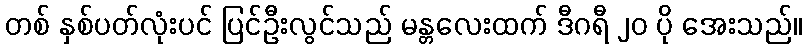
တစ် နှစ်ပတ်လုံးပင် ပြင်ဦးလွင်သည် မန္တလေးထက် ဒီဂရီ ၂၀ ပို အေးသည်။